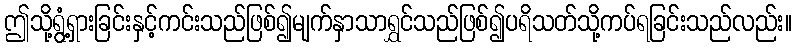
ဤသို့ရွံ့ရှားခြင်းနှင့်ကင်းသည်ဖြစ်၍မျက်နှာသာရွှင်သည်ဖြစ်၍ပရိသတ်သို့ကပ်ရခြင်းသည်လည်း။